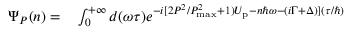
\begin{array} { r l } { \Psi _ { P } ( n ) = } & { { } \int _ { 0 } ^ { + \infty } d ( \omega \tau ) e ^ { - i [ 2 { P ^ { 2 } } / { P _ { \mathrm { m a x } } ^ { 2 } } + 1 ) U _ { \mathrm { p } } - n { \hbar \omega } - ( i \Gamma + \Delta ) ] ( { \tau } / { \hbar } ) } } \end{array}